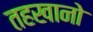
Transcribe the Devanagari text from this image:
तहखानो